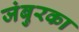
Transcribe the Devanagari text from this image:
जंबुरका